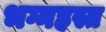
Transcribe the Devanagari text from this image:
भग्नहस्त